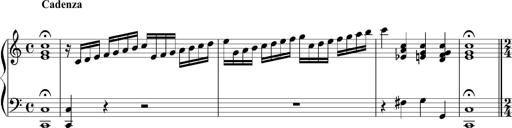
Title: 12 Sonatinas for Piano
Composer: Johann Baptist Vanhal